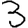
Digit: 3